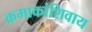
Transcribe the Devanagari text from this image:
क्रमाकांशिवाय